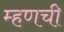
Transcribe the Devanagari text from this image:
म्हणची